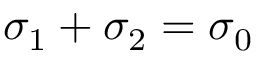
\sigma _ { 1 } + \sigma _ { 2 } = \sigma _ { 0 }